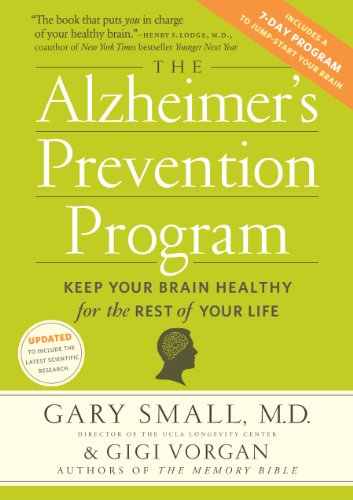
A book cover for The Alzheimer's Prevention Program: Keep Your Brain Healthy for the Rest of Your Life; Gary Small; Health, Fitness & Dieting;